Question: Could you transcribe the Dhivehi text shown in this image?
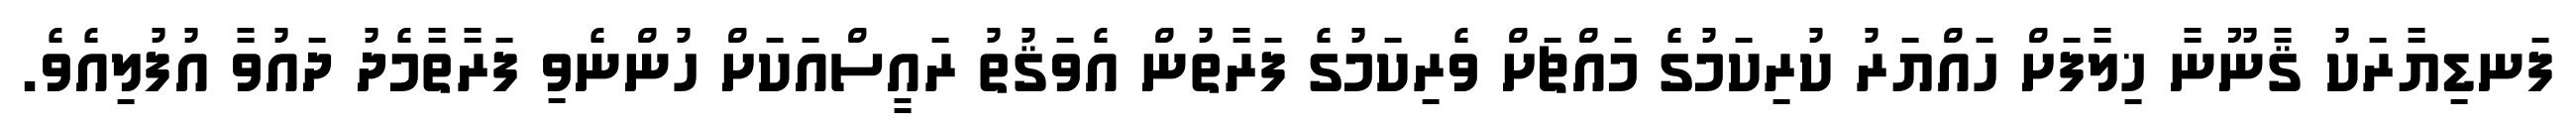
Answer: ފަނޑިޔާރަކު ޤާނޫނާ ޚިލާފަށް ހައްޔަރު ކުރިކަމުގެ މައްޗަށް ވެރިކަމުގެ ފަރާތުން އެވަޤުތު ރައީސްއަކަށް ހުންނެވި ފަރާތާމެދު ދައުވާ އުފުލިއެވެ.